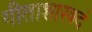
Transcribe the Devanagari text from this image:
गीताशास्त्रदं